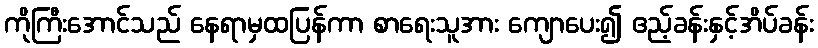
ကိုကြီးအောင်သည် နေရာမှထပြန်ကာ စာရေးသူအား ကျောပေး၍ ဧည့်ခန်းနှင့်အိပ်ခန်း